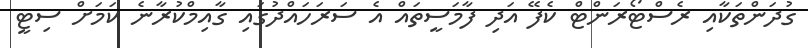
ގުދަންތަކާއި ރެސްޓޯރަންޓް ކެފޭ އަދި ފާމަސީތައް އެ ސަރަހައްދުގައި ގާއިމްކުރާނެ ކަމަށް ސިޓީ